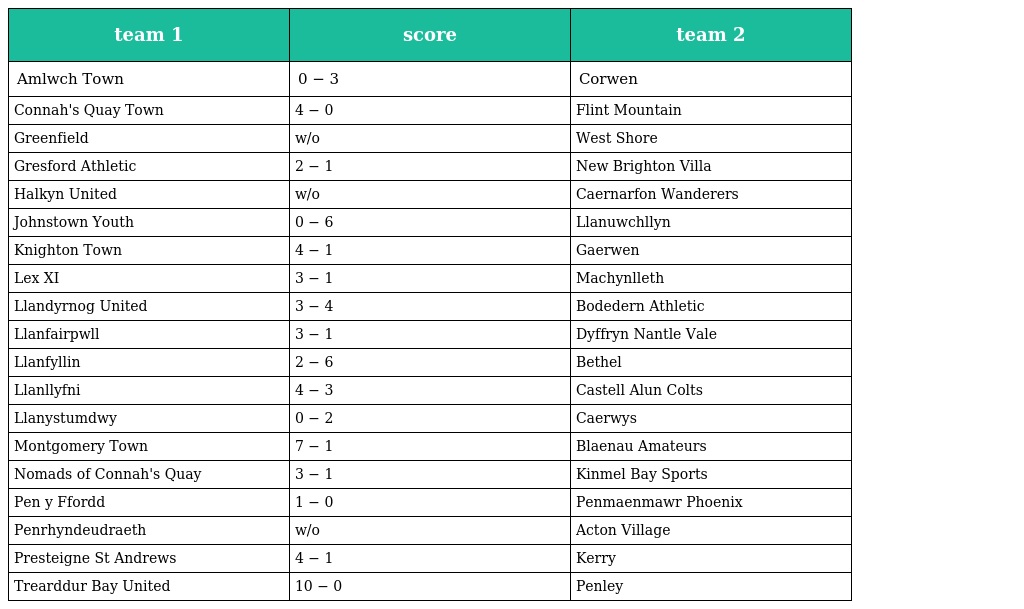
| team 1 | score | team 2 |
 | --- | --- | --- |
 | Amlwch Town | 0 − 3 | Corwen |
 | Connah's Quay Town | 4 − 0 | Flint Mountain |
 | Greenfield | w/o | West Shore |
 | Gresford Athletic | 2 − 1 | New Brighton Villa |
 | Halkyn United | w/o | Caernarfon Wanderers |
 | Johnstown Youth | 0 − 6 | Llanuwchllyn |
 | Knighton Town | 4 − 1 | Gaerwen |
 | Lex XI | 3 − 1 | Machynlleth |
 | Llandyrnog United | 3 − 4 | Bodedern Athletic |
 | Llanfairpwll | 3 − 1 | Dyffryn Nantle Vale |
 | Llanfyllin | 2 − 6 | Bethel |
 | Llanllyfni | 4 − 3 | Castell Alun Colts |
 | Llanystumdwy | 0 − 2 | Caerwys |
 | Montgomery Town | 7 − 1 | Blaenau Amateurs |
 | Nomads of Connah's Quay | 3 − 1 | Kinmel Bay Sports |
 | Pen y Ffordd | 1 − 0 | Penmaenmawr Phoenix |
 | Penrhyndeudraeth | w/o | Acton Village |
 | Presteigne St Andrews | 4 − 1 | Kerry |
 | Trearddur Bay United | 10 − 0 | Penley |